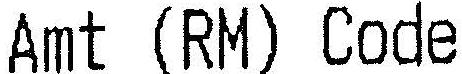
AMT (RM) CODE